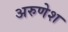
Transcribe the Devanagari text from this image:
अरुणेश